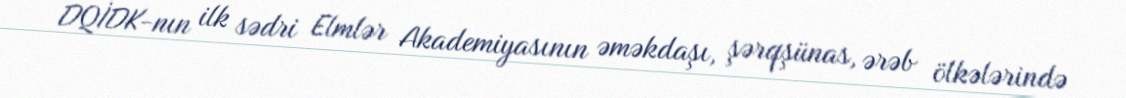
DQİDK-nın ilk sədri Elmlər Akademiyasının əməkdaşı, şərqşünas, ərəb ölkələrində